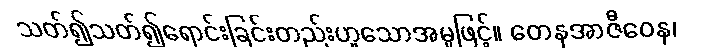
သတ်၍သတ်၍ရောင်းခြင်းတည်းဟူသောအမှုဖြင့်။ တေနအာဇီဝေန၊